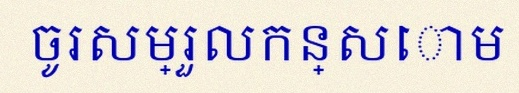
ចូរសម្រួលកន្សោម